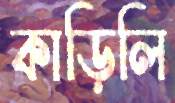
কাড়িলি